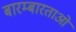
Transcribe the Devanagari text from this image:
बारम्बारताओं